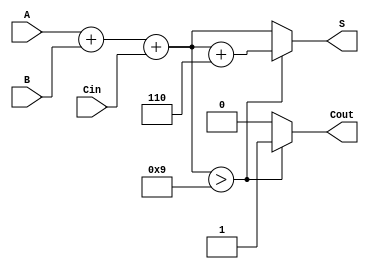
module BCD_Ripple_Carry_Adder (
    input [3:0] A,      // First BCD digit
    input [3:0] B,      // Second BCD digit
    input Cin,          // Carry input
    output reg [3:0] S, // BCD sum output
    output reg Cout      // Carry output
);

    // Internal signals
    wire [4:0] sum;     // 5-bit sum to accommodate carry
    wire correction;     // Correction flag for BCD adjustment

    // Full adder logic
    assign sum = A + B + Cin;

    // Check if the sum exceeds 9 (1001 in binary)
    assign correction = sum[3:0] > 4'b1001;

    always @(*) begin
        if (correction) begin
            // Apply correction by adding 6 (0110 in binary)
            S = sum + 4'b0110;
            Cout = 1; // Set carry out
        end else begin
            S = sum[3:0]; // No correction needed
            Cout = 0;     // No carry out
        end
    end

endmodule